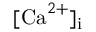
[ \mathrm { C a } ^ { 2 + } ] _ { \mathrm { i } }